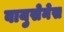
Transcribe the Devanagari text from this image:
वायुसेनेस